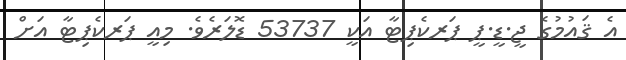
އެ ޤައުމުގެ ޖީ.ޑީ.ޕީ ޕަރކެޕިޓާ އަކީ 53737 ޑޮލަރެވެ. މިއީ ޕަރކެޕިޓާ އަށް